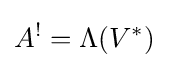
A^{!}=\Lambda (V^{*})